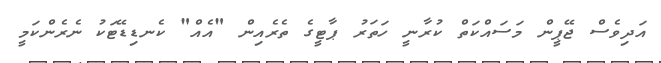
އަދިވެސް ޖޭޕީން މަސައްކަތް ކުރާނީ ހަތަރު ޕާޓީގެ ތެރެއިން "އެއް" ކެނޑިޑޭޓަކު ނެރެންކަމީ